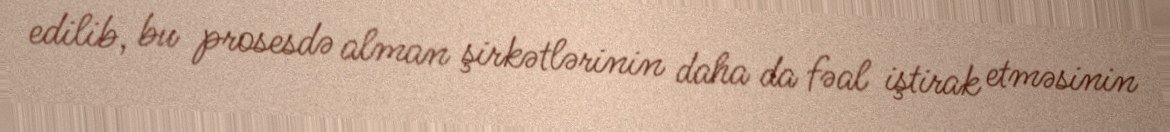
edilib, bu prosesdə alman şirkətlərinin daha da fəal iştirak etməsinin